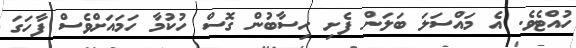
ހުއްޓެވެ. އެ މައްސަލަ ބަލަން ފެށި ހިސާބުން ގޮސް ހުކުމާ ހަމައަށްވެސް ފާހަގަ